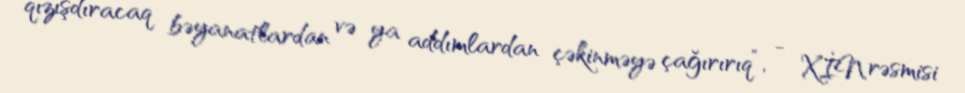
qızışdıracaq bəyanatlardan və ya addımlardan çəkinməyə çağırırıq”, - XİN rəsmisi